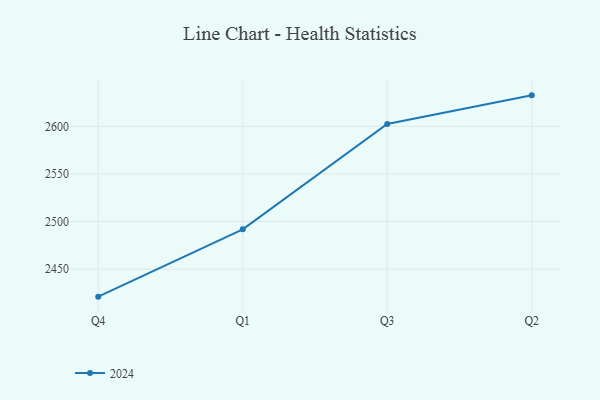
{"axis": {"x": "Quarter", "y": "Active Users"}, "legend": ["2024"], "data": [{"x": "Q4", "y": 2421.1, "type": "2024"}, {"x": "Q1", "y": 2491.8, "type": "2024"}, {"x": "Q3", "y": 2602.5, "type": "2024"}, {"x": "Q2", "y": 2632.6, "type": "2024"}]}